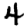
Digit: 4